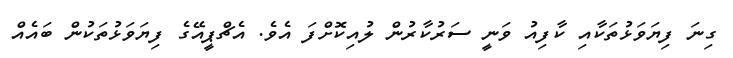
ގިނަ ފިޔަވަޅުތަކާއި ކާފިއު ވަނީ ސަރުކާރުން ލުއިކޮށްފަ އެވެ. އެޗްޕީއޭގެ ފިޔަވަޅުތަކުން ބައެއް